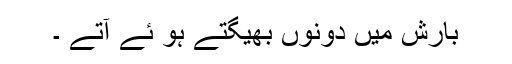
بارش میں دونوں بھیگتے ہو ئے آتے ۔